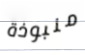
منبوذة